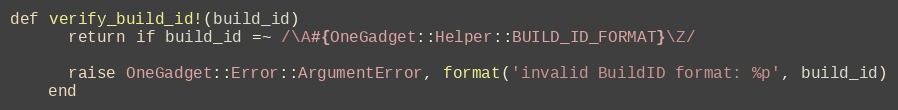
Language: Ruby
def verify_build_id!(build_id)
      return if build_id =~ /\A#{OneGadget::Helper::BUILD_ID_FORMAT}\Z/

      raise OneGadget::Error::ArgumentError, format('invalid BuildID format: %p', build_id)
    end